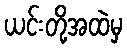
ယင်းတို့အထဲမှ